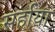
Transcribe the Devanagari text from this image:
सर्हाया